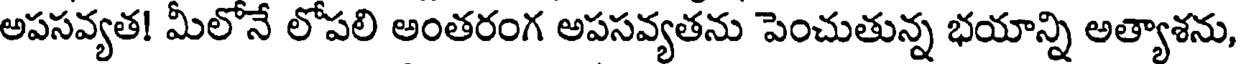
అపసవ్యత! మీలోనే లోపలి అంతరంగ అపసవ్యతను పెంచుతున్న భయాన్ని అత్యాశను,